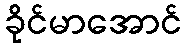
ခိုင်မာအောင်